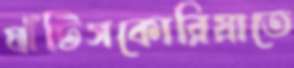
ঘাঁটিসকোরিয়াতে